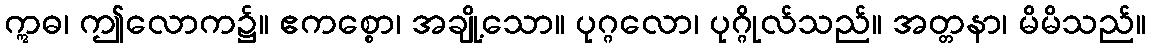
ဣဓ၊ ဤလောက၌။ ဧကစ္စော၊ အချို့သော။ ပုဂ္ဂလော၊ ပုဂ္ဂိုလ်သည်။ အတ္တနာ၊ မိမိသည်။